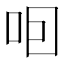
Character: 𠰸